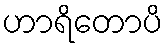
ဟာရိတောပိ